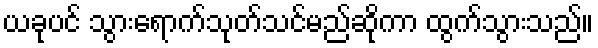
ယခုပင် သွားရောက်သုတ်သင်မည်ဆိုကာ ထွက်သွားသည်။